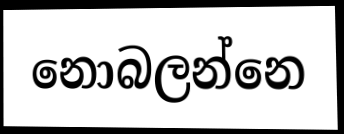
නොබලන්නෙ